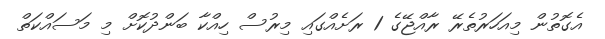
އެގޮތުން މިއަހަރުތެރޭ ރާއްޖޭގެ 1 ރަށެއްގައި މިރުސް ހިއްކާ ބަންދުކޮށް މި މަސައްކަތް